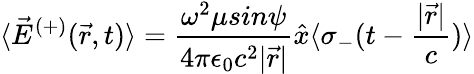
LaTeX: \langle{\vec{E}}^{(+)}({\vec{r}},t)\rangle={\frac{\omega^{2}\mu sin\psi}{4\pi\epsilon_{0}c^{2}|{\vec{r}}|}}{\hat{x}}\langle\sigma_{-}(t-{\frac{|{\vec{r}}|}{c}})\rangle